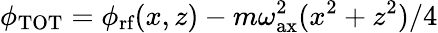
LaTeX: \phi_{\textrm{TOT}}=\phi_{\textrm{rf}}(x,z)-m\omega_{\textrm{ax}}^{2}(x^{2}+z^{2})/4